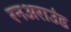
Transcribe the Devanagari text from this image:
रनअराउंड